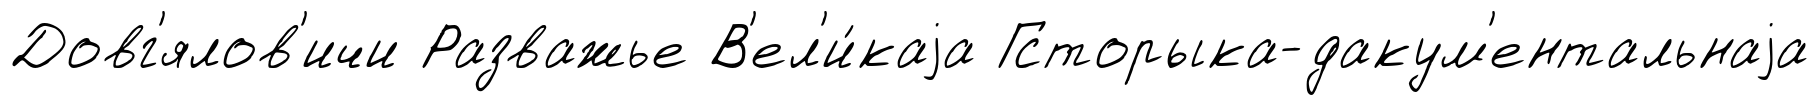
Довг'ялов'ичи Разважье В'ел'и́каjа Гсторыка-дакум'ентальнаjа